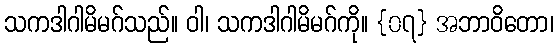
သကဒါဂါမိမဂ်သည်။ ဝါ၊ သကဒါဂါမိမဂ်ကို။ {၀၇} အဘာဝိတော၊